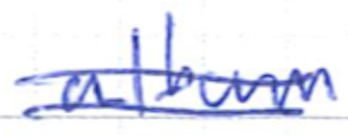
Text: album
Cross-out: mix
Writing tool: ballpoint